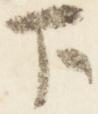
下